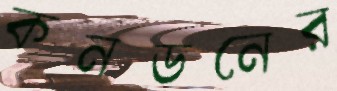
কনডনের